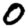
Digit: 0